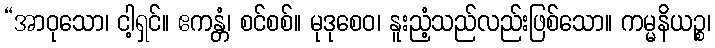
“အာဝုသော၊ ငါ့ရှင်။ ဧကန္တံ၊ စင်စစ်။ မုဒုစေဝ၊ နူးညံ့သည်လည်းဖြစ်သော။ ကမ္မနိယဉ္စ၊